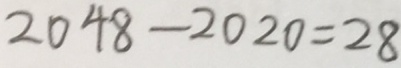
2 0 4 8 - 2 0 2 0 = 2 8